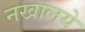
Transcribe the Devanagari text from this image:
नखालये